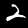
Label: 2